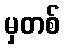
မှတစ်